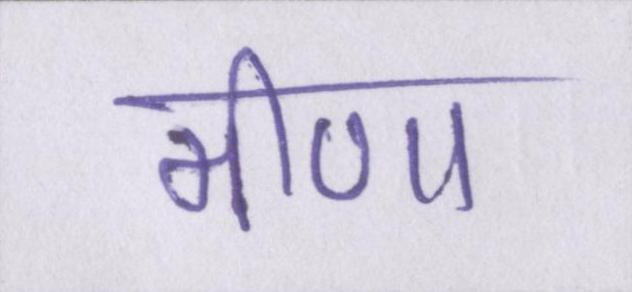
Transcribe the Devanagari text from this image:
मीणा